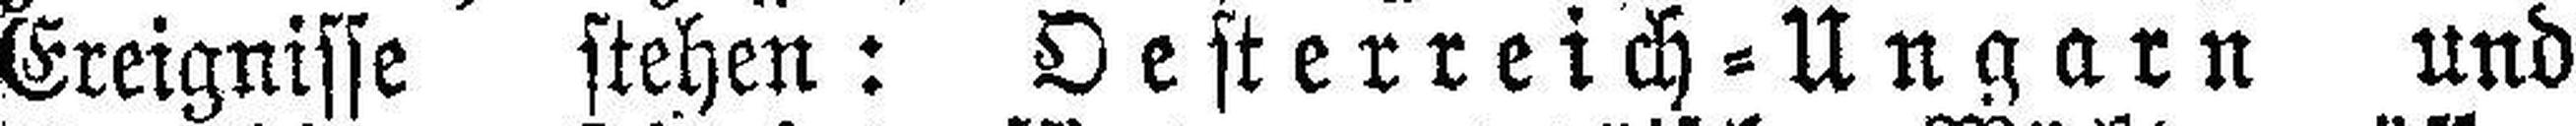
Ereignisse stehen : Oesterreich=Ungarn und